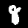
Label: 8